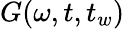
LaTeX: G(\omega,t,t_{w})